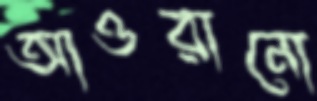
আওরানো